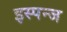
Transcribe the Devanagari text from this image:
इस्पन्ज